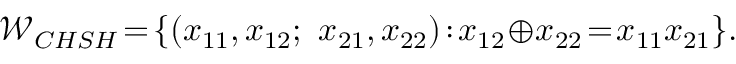
\mathcal { W } _ { C H S H } \! = \! \{ ( x _ { 1 1 } , x _ { 1 2 } ; ~ x _ { 2 1 } , x _ { 2 2 } ) \! : \! x _ { 1 2 } \! \oplus \! x _ { 2 2 } \! = \! x _ { 1 1 } x _ { 2 1 } \} .